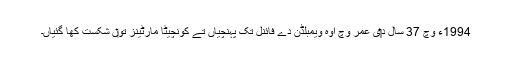
1994ء وچ 37 سال د‏‏ی عمر وچ اوہ ویمبلڈن دے فائنل تک پہنچیاں تے کونچیٹا مارٹینز تو‏ں شکست کھا گئياں۔